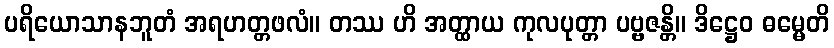
ပရိယောသာနဘူတံ အရဟတ္တဖလံ။ တဿ ဟိ အတ္ထာယ ကုလပုတ္တာ ပဗ္ဗဇန္တိ။ ဒိဋ္ဌေဝ ဓမ္မေတိ